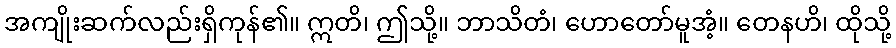
အကျိုးဆက်လည်းရှိကုန်၏။ ဣတိ၊ ဤသို့။ ဘာသိတံ၊ ဟောတော်မူအံ့။ တေနဟိ၊ ထိုသို့